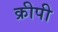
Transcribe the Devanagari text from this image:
क्रीपी